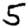
Digit: 5